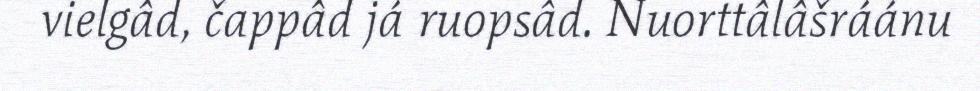
vielgâd, čappâd já ruopsâd. Nuorttâlâšráánu